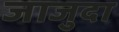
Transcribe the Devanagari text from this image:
जाजुदा